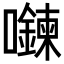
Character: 𡄮